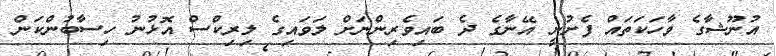
އުނޫޝާގެ ވާހަކަތައް ފެށުނީ އޭނާގެ ދެ ބައިވެރިންނަށް ލަވައިގެ ލިރިކްސް އޮޅުނު ހިސާބުންކަން